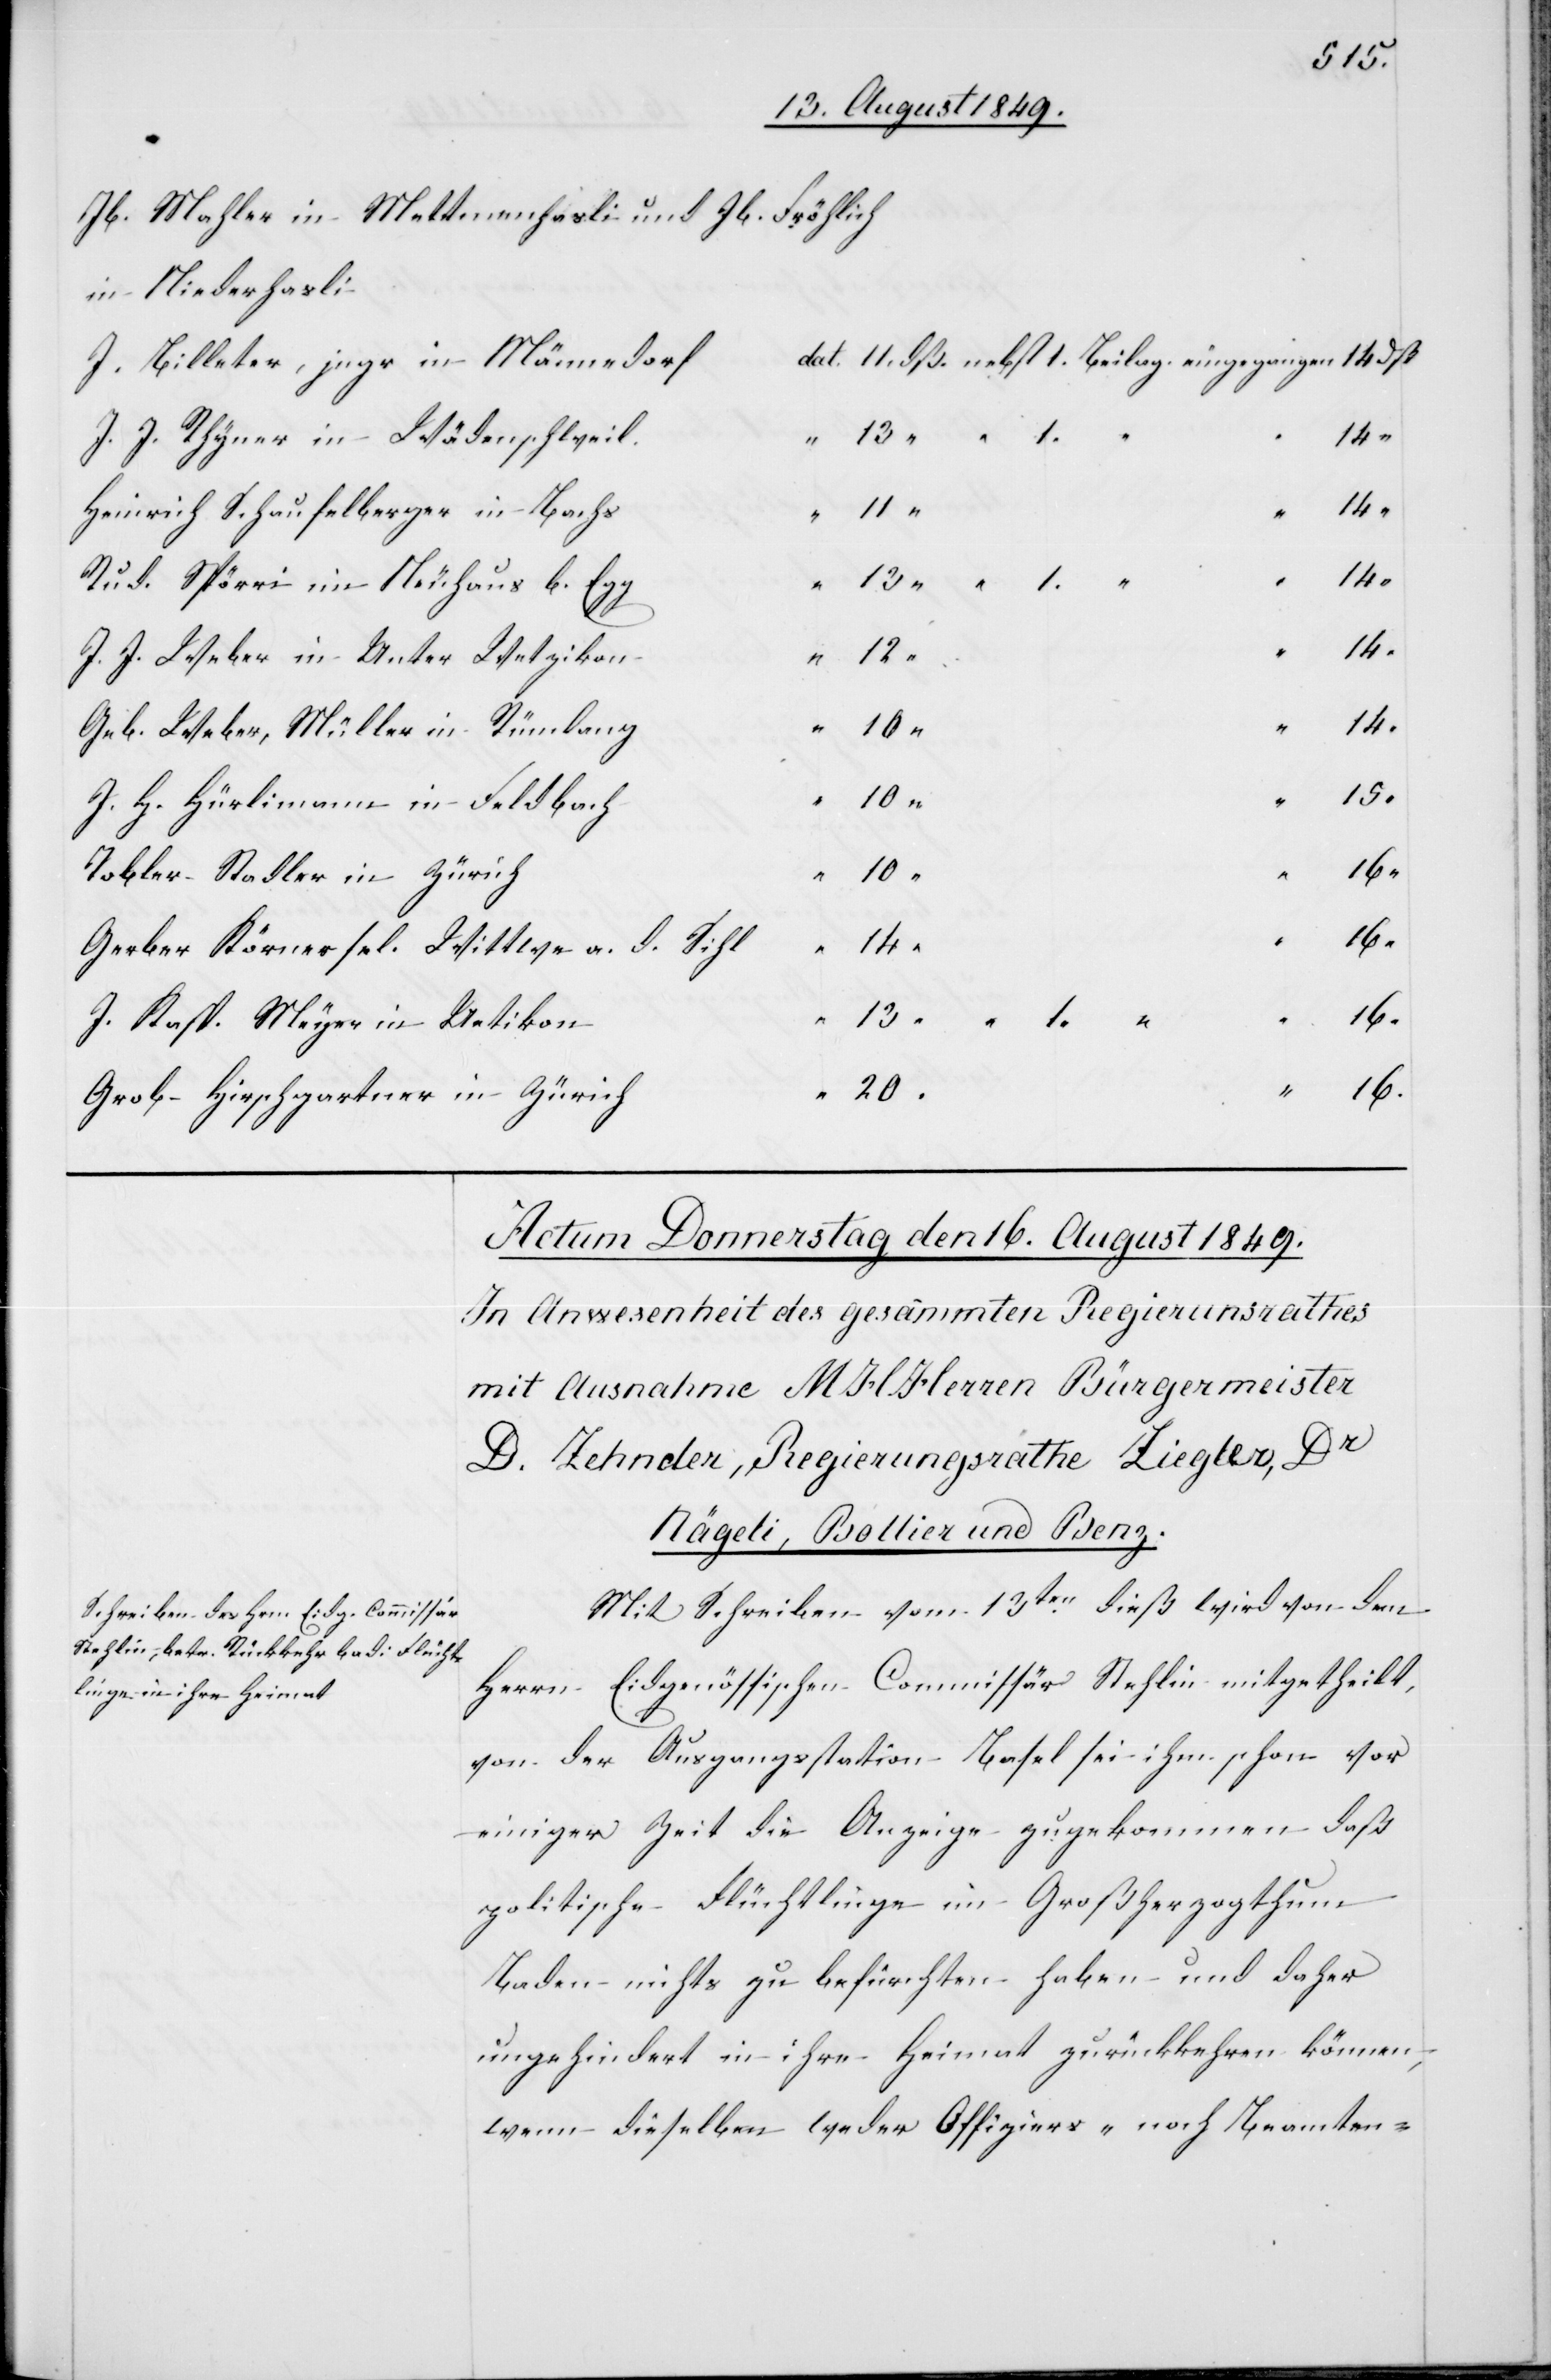
Jb. Mahler in Mettmenhasli und Jb. Fröhlich
in Niederhasli
J. Billeter, jngr. in Männedorf
1.
14.
J. J. Rhyner in Wädenschweil
Heinrich Schaufelberger in Bachs
12.
“
“
14.
Rud. Spörri in Neuhaus b. Egg
14.
J. J. Weber in Unter Wetzikon
14.
20.
“
Geb. Weber, Müller in Rümlang
13.
15.
“
J. H. Hürlimann in Feldbach
Tobler Stadler in Zürich
“
16.
Gerber Körner sel. Wittwe a. d. Sihl
“
16.
dß.
J. Kasp. Meyer in Uetikon
Grob-Hirschgartner in Zürich
Mit Schreiben vom 13ten dieß wird von dem
Herrn Eidgenössischen Commissär Stehlin mitgetheilt,
von der Ausgangsstation Basel sei ihm schon vor
einiger Zeit die Anzeige zugekommen daß
politische Flüchtlinge im Großherzogthum
Baden nichts zu befürchten haben und daher
ungehindert in ihre Heimat zurückkehren können,
wenn dieselben weder Offiziers- noch Beamten-